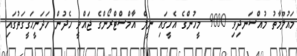
މައުލޫމާތު މުއްސަނދިވި 9000 މީހުންގެ އެހީގައި ނީލް އާމްސްޓްރޯންގެ ޖައްވީ ހެދުން ހަދަނީހަގީގަތުގައި